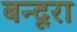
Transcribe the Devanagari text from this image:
बन्दूरा